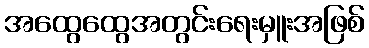
အထွေထွေအတွင်းရေးမှူးအဖြစ်